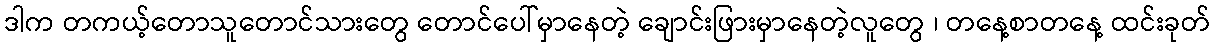
ဒါက တကယ့်တောသူတောင်သားတွေ တောင်ပေါ်မှာနေတဲ့ ချောင်းဖြားမှာနေတဲ့လူတွေ ၊ တနေ့စာတနေ့ ထင်းခုတ်